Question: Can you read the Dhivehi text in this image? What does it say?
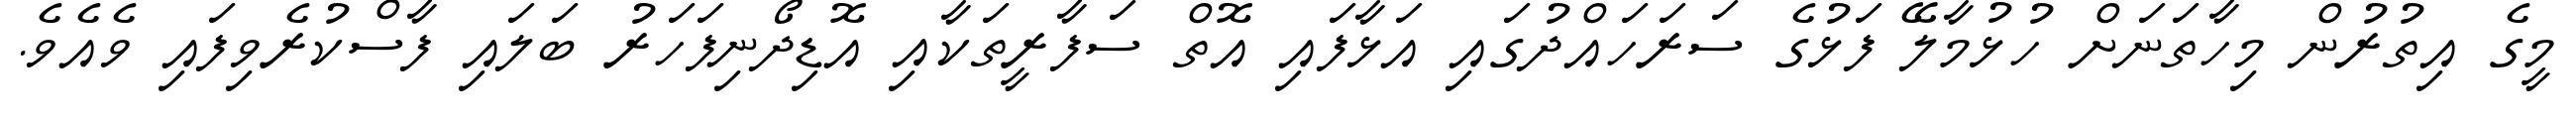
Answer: މީގެ އިތުރުން މިހާތަނަށް ހުޅުމާލޭ ފަޅުގެ ސަރަހައްދުގައި އަޅާފައި އޮތް ސަފާރީތަކާއި އޮޑިދޯނިފަހަރު ބަލައި ފާސްކުރެވިފައި ވެއެވެ.